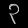
Digit: ၃